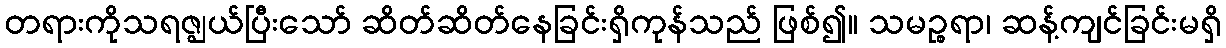
တရားကိုသရဇ္ဈယ်ပြီးသော် ဆိတ်ဆိတ်နေခြင်းရှိကုန်သည် ဖြစ်၍။ သမဉ္စရာ၊ ဆန့်ကျင်ခြင်းမရှိ